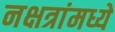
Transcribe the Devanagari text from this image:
नक्षत्रांमध्ये